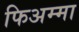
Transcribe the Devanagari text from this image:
फिअम्मा